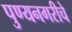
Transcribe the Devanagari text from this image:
पुण्यनगरीचे